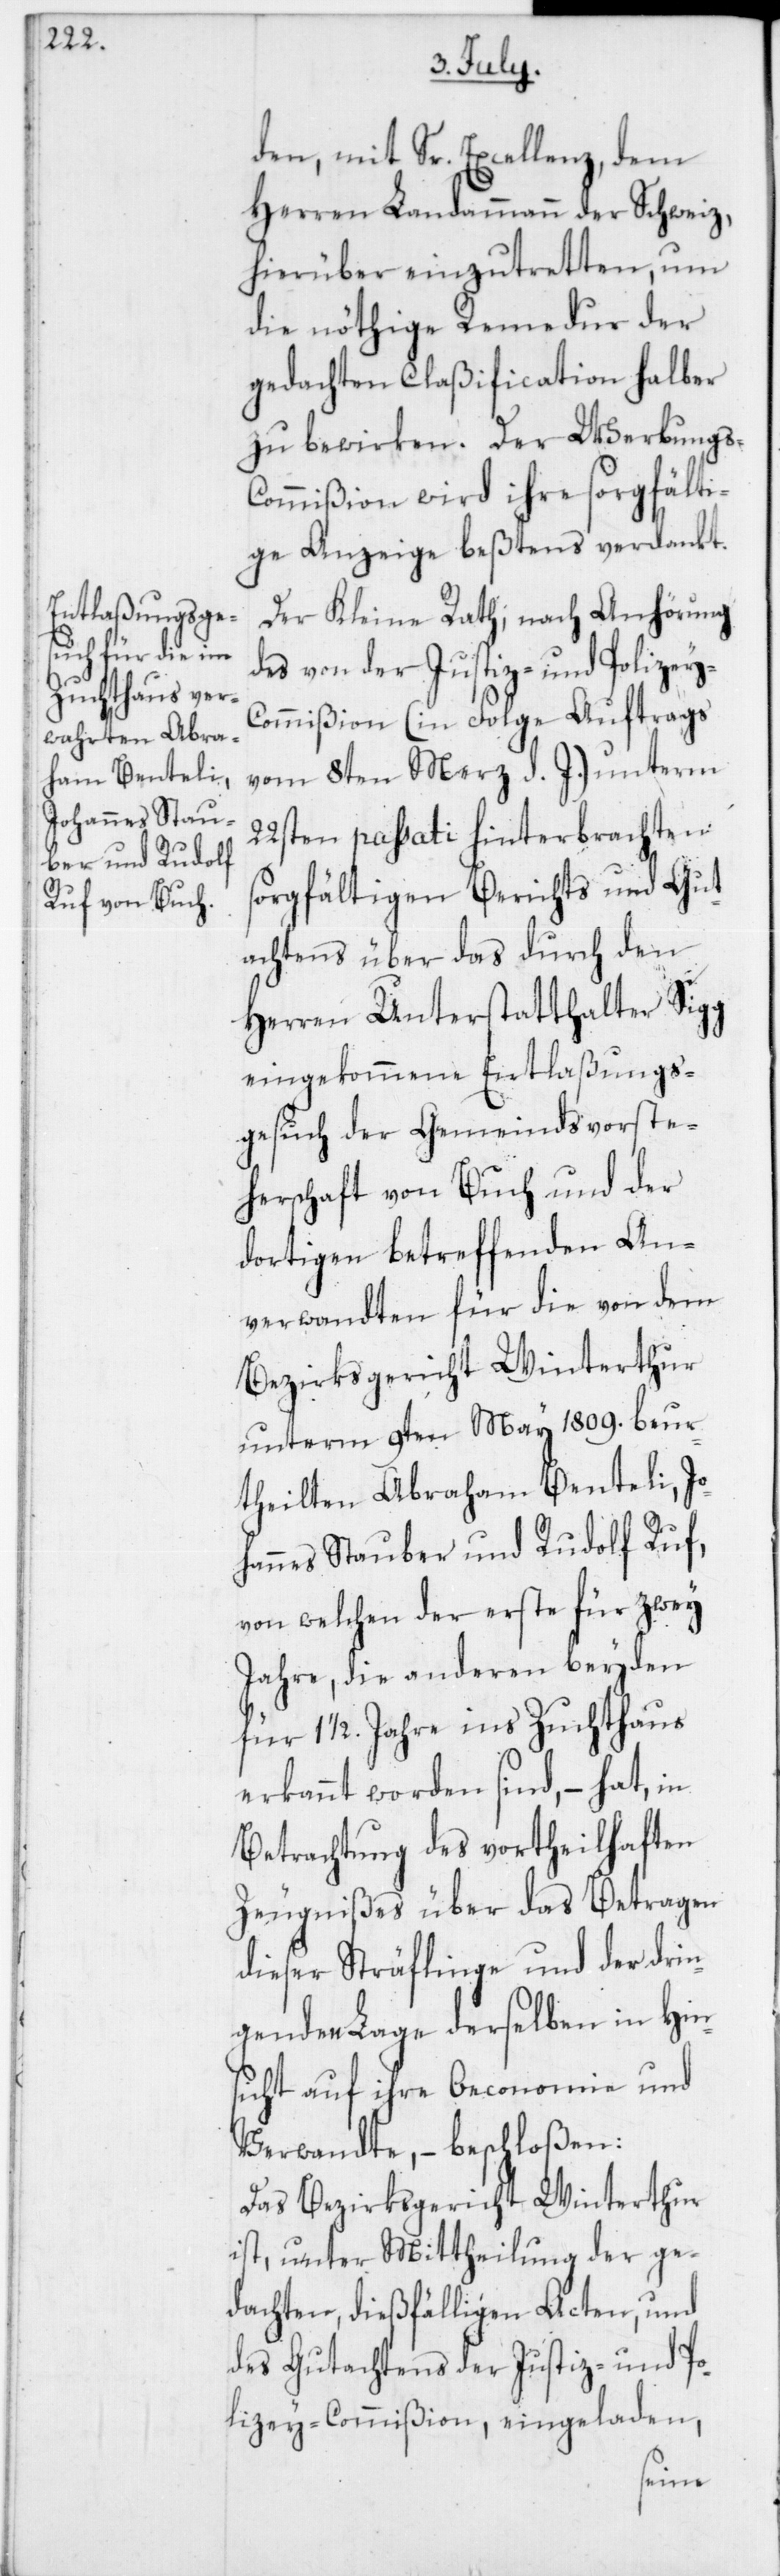
den, mit Sr. Excellenz, dem
Herren Landammann der Schweiz,
hierüber einzutretten, um
die nöthige Remedur der
gedachten Claßification halber
zu bewirken. Der Werbungs-C¬
ommißion wird ihre sorgfälti¬
ge Anzeige beßtens verdankt.
Der Kleine Rath, nach Anhörung
des von der Justiz- und Polizey-C¬
ommißion (in Folge Auftrags
vom 8ten März d. J.) unterm
22sten passati hinterbrachten
sorgfältigen Berichts und Gut¬
achtens über das durch den
Herren Unterstatthalter Sigg
eingekommene Entlaßungs¬
gesuch der Gemeindsvorste¬
herschaft von Buch und der
dortigen betreffenden An¬
verwandten für die von dem
Bezirksgericht Winterthur
unterm 9ten May 1809. beur¬
theilten Abraham Benteli, Jo¬
hannes Stauber und Rudolf Ruf,
von welchen der erste für zwey
Jahre, die anderen beiden
für 1 ½. Jahre ins Zuchthaus
erkannt worden sind, – hat in
Betrachtung des vortheilhaften
Zeugnißes über das Betragen
dieser Sträflinge und der drin¬
genden Lage derselben in Hin¬
sicht auf ihre Oeconomie und
Verwandte, – beschloßen:
Das Bezirksgericht Winterthur
ist, unter Mittheilung der ge¬
dachten, dießfälligen Acten, und
des Gutachtens der Justiz- und Po¬
lizey-Commißion, eingeladen,